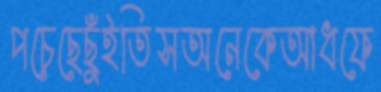
পচেছেছুঁইতিসঅনেকেআধফে